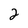
Character: 2